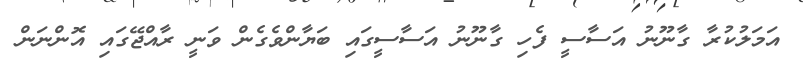
އަމަލުކުރާ ގާނޫނު އަސާސީ ފެހި ގާނޫނު އަސާސީގައި ބަޔާންވެގެން ވަނީ ރާއްޖޭގައި އޮންނަން